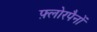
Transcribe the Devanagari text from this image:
फ़्लोरपैनों